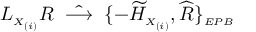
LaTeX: { \cal L } _ { \scriptscriptstyle X _ { ( i ) } } R \; \; \hat { \longrightarrow } \; \; \{ - \widetilde { \cal H } _ { \scriptscriptstyle X _ { ( i ) } } , \widehat { R } \} _ { \scriptscriptstyle E P B }